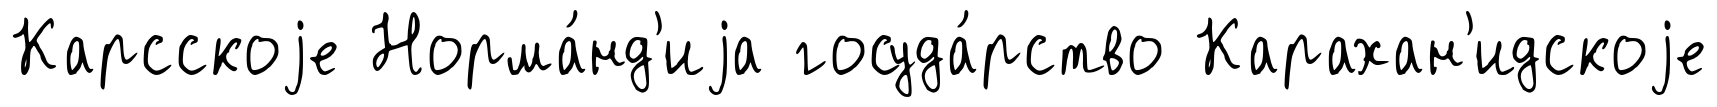
Карсскоjе Норма́нд'иjа госуда́рство Карахан'идскоjе